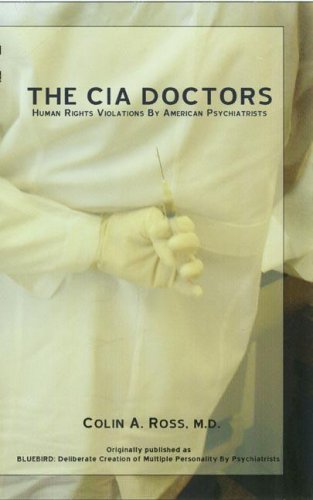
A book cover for The CIA Doctors: Human Rights Violations by American Psychiatrists; Colin A. Ross; Medical Books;